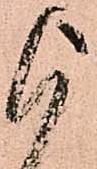
被